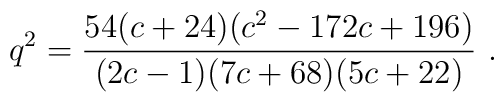
q^2 = {54 (c+24) (c^2-172 c + 196) \over (2c-1) (7c+68) (5c+22)}\ .